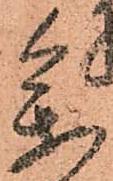
参